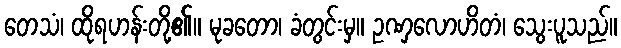
တေသံ၊ ထိုရဟန်းတို့၏။ မုခတော၊ ခံတွင်းမှ။ ဥဏှလောဟိတံ၊ သွေးပူသည်။